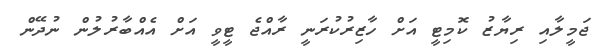
ޖަމީލާއި ރިޔާޒު ކޮމިޓީ އަށް ހާޒިރުކުރަނީ ރާއްޖެ ޓީވީ އަށް އެއްބާރުލުން ނުދޭން